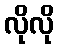
လိုလို